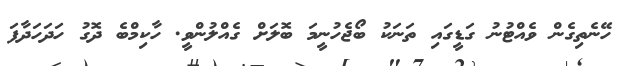
ހޭނެތިގެން ވެއްޓުނު ގަޑީގައި ތަނަކު ބޯޖެހުނީމަ ބޮލަށް ގެއްލުންވީ. ހާކިމްބެ ދޮގު ހަދަހަދާފަ